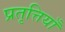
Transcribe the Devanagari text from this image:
प्रतृत्तियाँ